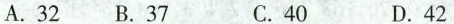
A.32 B.37 C.40 D.42